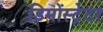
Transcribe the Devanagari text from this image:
डिमोंस्ट्रेटर